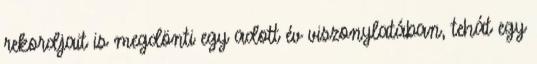
rekordjait is megdönti egy adott év viszonylatában, tehát egy